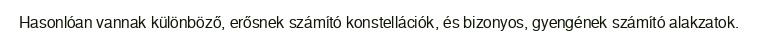
Hasonlóan vannak különböző, erősnek számító konstellációk, és bizonyos, gyengének számító alakzatok.